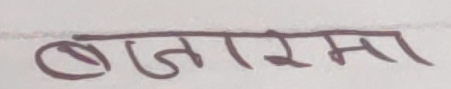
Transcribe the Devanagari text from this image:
बजारमा